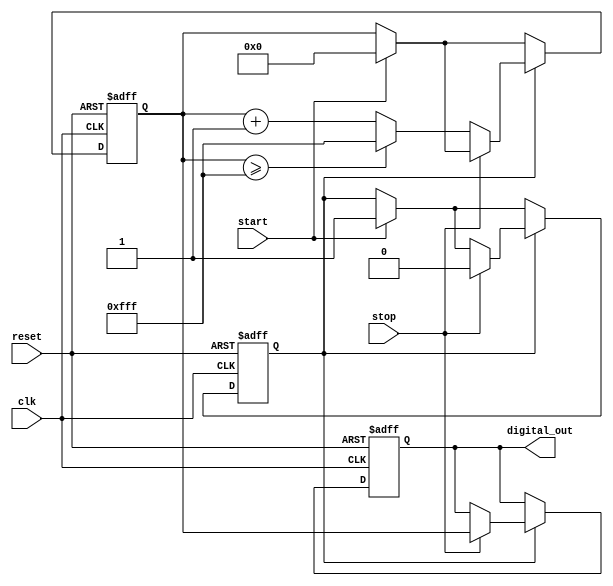
module TDC (
    input wire clk,          // System clock
    input wire reset,        // Reset signal
    input wire start,        // Start signal
    input wire stop,         // Stop signal
    output reg [11:0] digital_out // 12-bit digital output
);

// Parameters
parameter MAX_VOLTAGE = 4095; // Max voltage level for ADC (12-bit resolution)
parameter RAMP_RATE = 1;       // Voltage ramp rate per clock cycle

// Internal Signals
reg [11:0] voltage;             // Current voltage level (scaled time)
reg capturing;                  // Flag to indicate capturing state
reg [23:0] time_counter;        // Counter for time measurement

// Voltage Ramp Logic
always @(posedge clk or posedge reset) begin
    if (reset) begin
        voltage <= 12'b0;
        time_counter <= 24'b0;
        capturing <= 1'b0;
        digital_out <= 12'b0;
    end else begin
        // Start ramping voltage
        if (start) begin
            capturing <= 1'b1;
            voltage <= 12'b0; // Reset voltage at start
            time_counter <= 24'b0; // Reset time counter
        end
        
        // Capture the ramp voltage until stop signal
        if (capturing) begin
            if (!stop) begin
                // Increment time counter and voltage
                time_counter <= time_counter + 1;
                voltage <= voltage + RAMP_RATE;
                if (voltage >= MAX_VOLTAGE) begin
                    voltage <= MAX_VOLTAGE; // Clamp to max voltage
                end
            end else begin
                // Stop capturing, hold voltage
                capturing <= 1'b0;
                digital_out <= voltage; // Sample the voltage
            end
        end
    end
end

endmodule